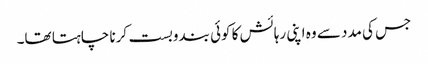
جس کی مدد سے وہ اپنی رہائش کا کوئی بندوبست کرنا چاہتا تھا۔